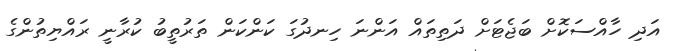
އަދި ހާއްސަކޮށް ބަޖެޓަށް ދަތިތައް އަންނަ ހިނދުގަ ކަންކަން ތަރުތީބު ކުރާނީ ރައްޔިތުންގެ